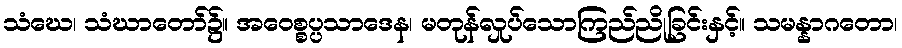
သံဃေ၊ သံဃာတော်၌။ အဝေစ္စပ္ပသာဒေန၊ မတုန်လှုပ်သောကြည်ညိုခြင်းနှင့်။ သမန္နာဂတော၊